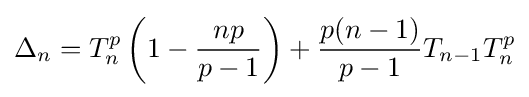
\Delta _{n}=T_{n}^{p}\left(1-{\frac {np}{p-1}}\right)+{\frac {p(n-1)}{p-1}}T_{n-1}T_{n}^{p}